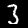
Digit: 3